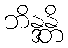
ဘိန္ဒန္တိ